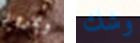
وبمرور وشك